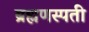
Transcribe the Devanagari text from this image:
ब्रह्मणस्पती